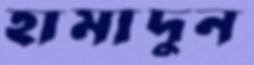
হামাদুন